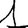
Digit: 1